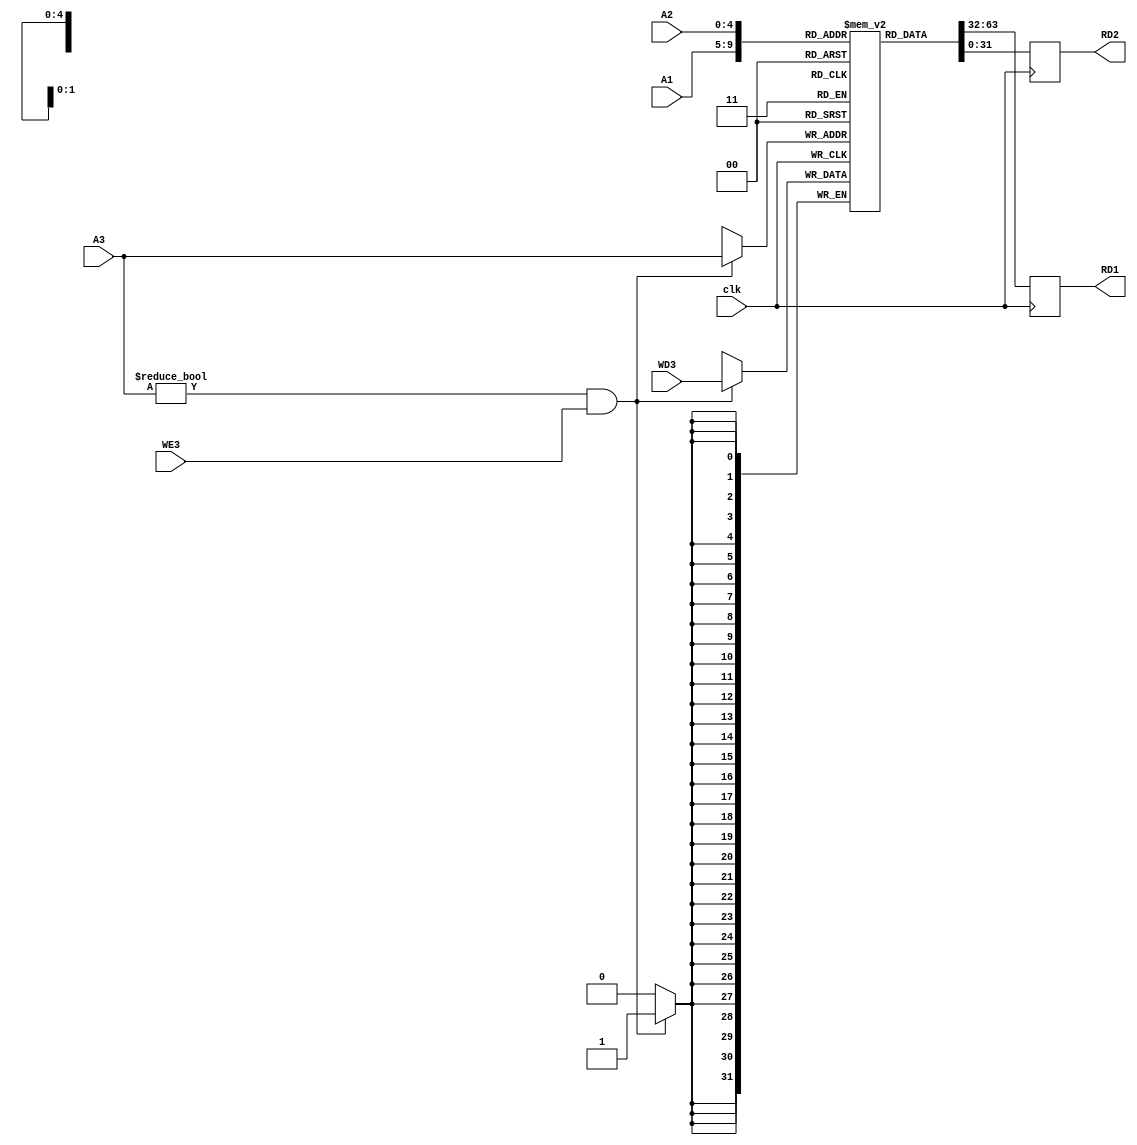
module regFile
    (
    //input
      input[4:0] A1
    , input[4:0] A2
    , input[4:0] A3
    , input[31:0] WD3
    , input WE3
    , input clk
    //output
    , output reg[31:0] RD1
    , output reg[31:0] RD2
    );

reg[31:0] register[31:0]; //$zero: register[0]; $at: register[1]......

//registerFile initialization? where are the pointers?
integer i;
initial begin
		for(i = 0; i < 32; i++) begin
			register[i] = 32'b0;
		end
end

//2nd half of the clock to read register data
always @(negedge clk) begin

    RD1 <= register[A1];
    RD2 <= register[A2];    

end

//1st half of the clock to write data to registers
always @(posedge clk) begin
    # 2
    if (((A3 != 4'b0) & WE3)==1) register[A3] <= WD3;
    //#1
    //$display("write by: %b", register[A3]);
end

endmodule